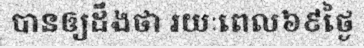
បានឲ្យដឹងថា រយៈពេល៦៩ថ្ងៃ